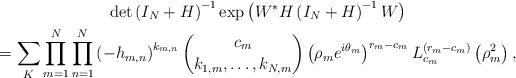
LaTeX: \begin{align*}\begin{gathered} \det\left(I_{N}+H\right)^{-1} \exp\left(W^{*}H\left(I_{N}+H\right)^{-1}W\right) \\ =\sum_{K}\prod_{m=1}^{N}\prod_{n=1}^{N} \left(-h_{m,n}\right)^{k_{m,n}}\binom{c_{m}}{k_{1,m},\dotsc,k_{N,m}} \left(\rho_{m}e^{i\theta_{m}}\right)^{r_{m}-c_{m}} L_{c_{m}}^{\left(r_{m}-c_{m}\right)}\left(\rho_{m}^2\right),\end{gathered}\end{align*}